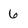
Character: 6